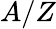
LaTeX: A/Z